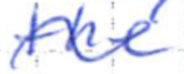
Text: the
Cross-out: wave
Writing tool: ballpoint